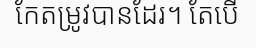
កែតម្រូវបានដែរ។ តែបើ